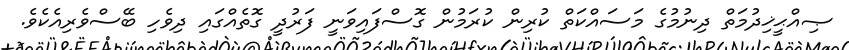
ޞިއްޙީޚިދުމަތް ދިނުމުގެ މަސައްކަތް ކުރިން ކުރަމުން ގޮސްފައިވަނީ ފަރުދީ ގޮތެއްގައި ދިވެހި ބޭސްވެރިއެކެވެ.